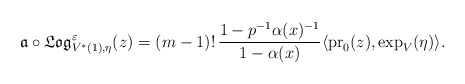
\begin{align*}\frak{a}\circ \frak{Log}^{\varepsilon}_{V^*(1),\eta}(z)=(m-1)! \, \frac{1-p^{-1}\alpha (x)^{-1}}{1-\alpha (x)} \langle\mathrm{pr}_0(z),\exp_{V}(\eta)\rangle.\end{align*}